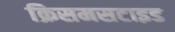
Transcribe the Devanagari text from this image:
क्रिसमसटाइड